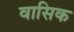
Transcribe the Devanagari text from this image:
वासिक